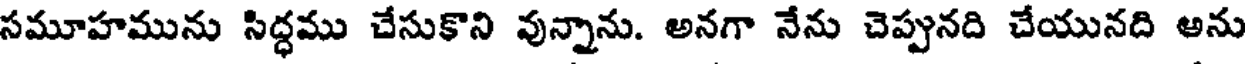
సమూహమును సిద్ధము చేసుకొని వున్నాను. అనగా నేను చెప్పునది చేయునది అను